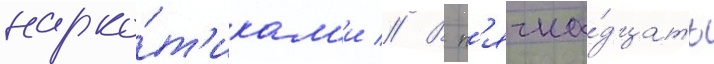
нарко́т'икам'и // В п'ятна́дцать